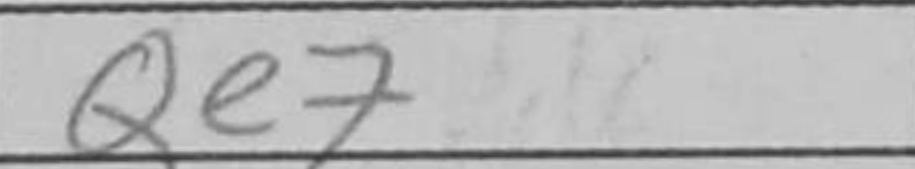
Transcription: Qe7